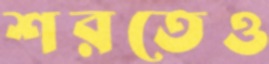
শরতেও